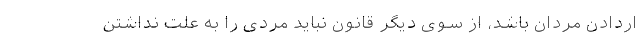
اردادن مردان باشد، از سوی دیگر قانون نباید مردی را به علت نداشتن